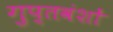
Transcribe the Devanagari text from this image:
गुप्तवंशों